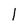
Character: I